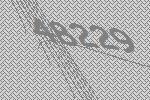
48229